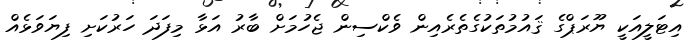
އިޓަލީއަކީ ޔޫރަޕްގެ ޤައުމުތަކުގެތެރެއިން ވެކްސިން ޖެހުމަށް ބާރު އަޅާ މިފަދަ ހަރުކަށި ފިޔަވަޅެއް